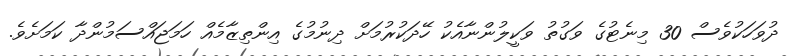
ދުވަހަކުވެސް 30 މިނެޓުގެ ވަގުތު ވަކީލުންނާއެކު ހޭދަކުރުމަށް ދިނުމުގެ އިންތިޒާމެއް ހަމަޖައްސަމުންދާ ކަމަށެވެ.